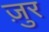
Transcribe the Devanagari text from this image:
ज़ुर